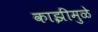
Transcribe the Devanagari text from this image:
काझींमुळे